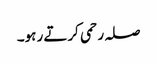
صلہ رحمی کرتے رہو۔